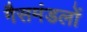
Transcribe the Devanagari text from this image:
गैसमंडलों